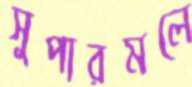
সুপারমলে